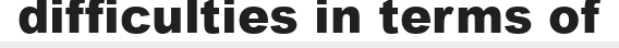
difficulties in terms of